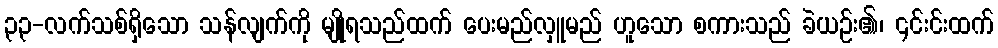
၃၃-လက်သစ်ရှိသော သန်လျက်ကို မျိုရသည်ထက် ပေးမည်လှူမည် ဟူသော စကားသည် ခဲယဉ်း၏၊ ၎င်းင်းထက်